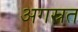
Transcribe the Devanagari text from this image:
अगस्रत